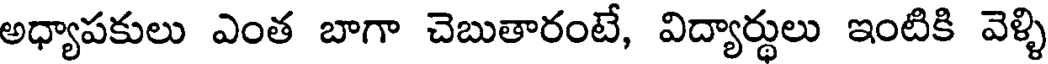
అధ్యాపకులు ఎంత బాగా చెబుతారంటే, విద్యార్థులు ఇంటికి వెళ్ళి